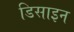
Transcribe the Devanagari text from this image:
डिसाइन